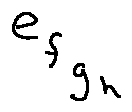
e _ { f _ { g _ { h } } }